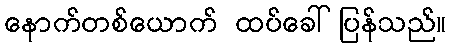
နောက်တစ်ယောက် ထပ်ခေါ်ပြန်သည်။